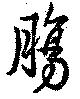
膓